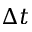
\Delta t